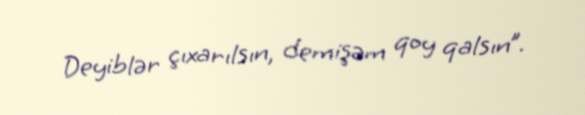
Deyiblər çıxarılsın, demişəm qoy qalsın”.